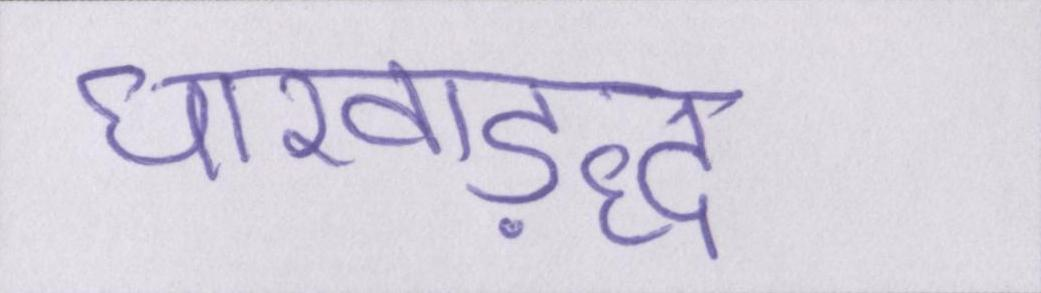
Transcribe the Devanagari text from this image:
धारवाड़द्ध